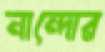
নান্দোর